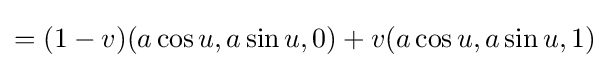
=(1-v)(a\cos u,a\sin u,0)+v(a\cos u,a\sin u,1)